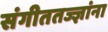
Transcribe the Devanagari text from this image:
संगीततज्ज्ञांना